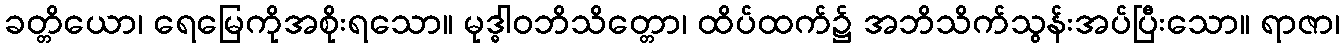
ခတ္တိယော၊ ရေမြေကိုအစိုးရသော။ မုဒ္ဓါဝဘိသိတ္တော၊ ထိပ်ထက်၌ အဘိသိက်သွန်းအပ်ပြီးသော။ ရာဇာ၊